Calcutta medical institutions reports 1879-81 [i.e.91]
Year: 1879
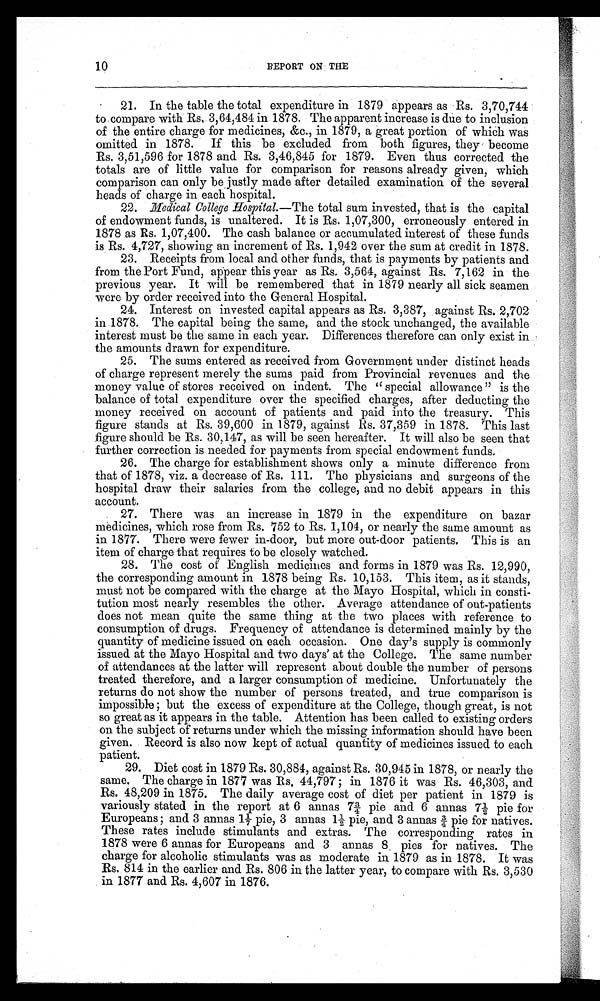
10
REPORT ON THE
21. In the table the total expenditure in 1879 appears as Rs. 3,70,744
to compare with Rs. 3,64,484 in 1878. The apparent increase is due to inclusion
of the entire charge for medicines, &c., in 1879, a great portion of which was
omitted in 1878. If this be excluded from both figures, they become
Rs. 3,51,596 for 1878 and Rs. 3,46,845 for 1879. Even thus corrected the
totals are of little value for comparison for reasons already given, which
comparison can only be justly made after detailed examination of the several
heads of charge in each hospital.
22. Medical College Hospital.—The total sum invested, that is the capital
of endowment funds, is unaltered. It is Rs. 1,07,300, erroneously entered in
1878 as Rs. 1,07,400. The cash balance or accumulated interest of these funds
is Rs. 4,727, showing an increment of Rs. 1,942 over the sum at credit in 1878.
23. Receipts from local and other funds, that is payments by patients and
from the Port Fund, appear this year as Rs. 3,564, against Rs. 7,162 in the
previous year. It will be remembered that in 1879 nearly all sick seamen
were by order received into the General Hospital.
24. Interest on invested capital appears as Rs. 3,387, against Rs. 2,702
in 1878. The capital being the same, and the stock unchanged, the available
interest must be the same in each year. Differences therefore can only exist in
the amounts drawn for expenditure.
25. The sums entered as received from Government under distinct heads
of charge represent merely the sums paid from Provincial revenues and the
money value of stores received on indent. The "special allowance" is the
balance of total expenditure over the specified charges, after deducting the
money received on account of patients and paid into the treasury. This
figure stands at Rs. 39,600 in 1879, against Rs. 37,359 in 1878. This last
figure should be Rs. 30,147, as will be seen hereafter. It will also be seen that
further correction is needed for payments from special endowment funds.
26. The charge for establishment shows only a minute difference from
that of 1878, viz. a decrease of Rs. 111. The physicians and surgeons of the
hospital draw their salaries from the college, and no debit appears in this
account.
27. There was an increase in 1879 in the expenditure on bazar
medicines, which rose from Rs. 752 to Rs. 1,104, or nearly the same amount as
in 1877. There were fewer in-door, but more out-door patients. This is an
item of charge that requires to be closely watched.
28. The cost of English medicines and forms in 1879 was Rs. 12,990,
the corresponding amount in 1878 being Rs. 10,153. This item, as it stands,
must not be compared with the charge at the Mayo Hospital, which in consti
- t u t i o n m o s t n e a r l y r e s e m b l e s t h e o t h e r . A v e r a g e a t t e n d a n c e o f o u t - p a t i e n t s
does not mean quite the same thing at the two places with reference to
consumption of drugs. Frequency of attendance is determined mainly by the
quantity of medicine issued on each occasion. One day's supply is commonly
issued at the Mayo Hospital and two days' at the College. The same number
of attendances at the latter will represent about double the number of persons
treated therefore, and a larger consumption of medicine. Unfortunately the
returns do not show the number of persons treated, and true comparison is
impossible; but the excess of expenditure at the College, though great, is not
so great as it appears in the table. Attention has been called to existing orders
on the subject of returns under which the missing information should have been
given. Record is also now kept of actual quantity of medicines issued to each
patient.
29. Diet cost in 1879 Rs. 30,884, against Rs. 30,945 in 1878, or nearly the
same. The charge in 1877 was Rs. 44,797; in 1876 it was Rs. 46,303, and
Rs. 48,209 in 1875. The daily average cost of diet per patient in 1879 is
variously stated in the report at 6 annas 7¾ pie and 6 annas 7½ pie for
Europeans; and 3 annas 11/7 pie, 3 annas 1½ pie, and 3 annas ¾ p i e f o r n a t i v e s .
These rates include stimulants and extras. The corresponding rates in
1878 were 6 annas for Europeans and 3 annas 8 pies for natives. The
charge for alcoholic stimulants was as moderate in 1879 as in 1878. It was
Rs. 814 in the earlier and Rs. 806 in the latter year, to compare with Rs. 3,530
in 1877 and Rs. 4 607 in 1876.